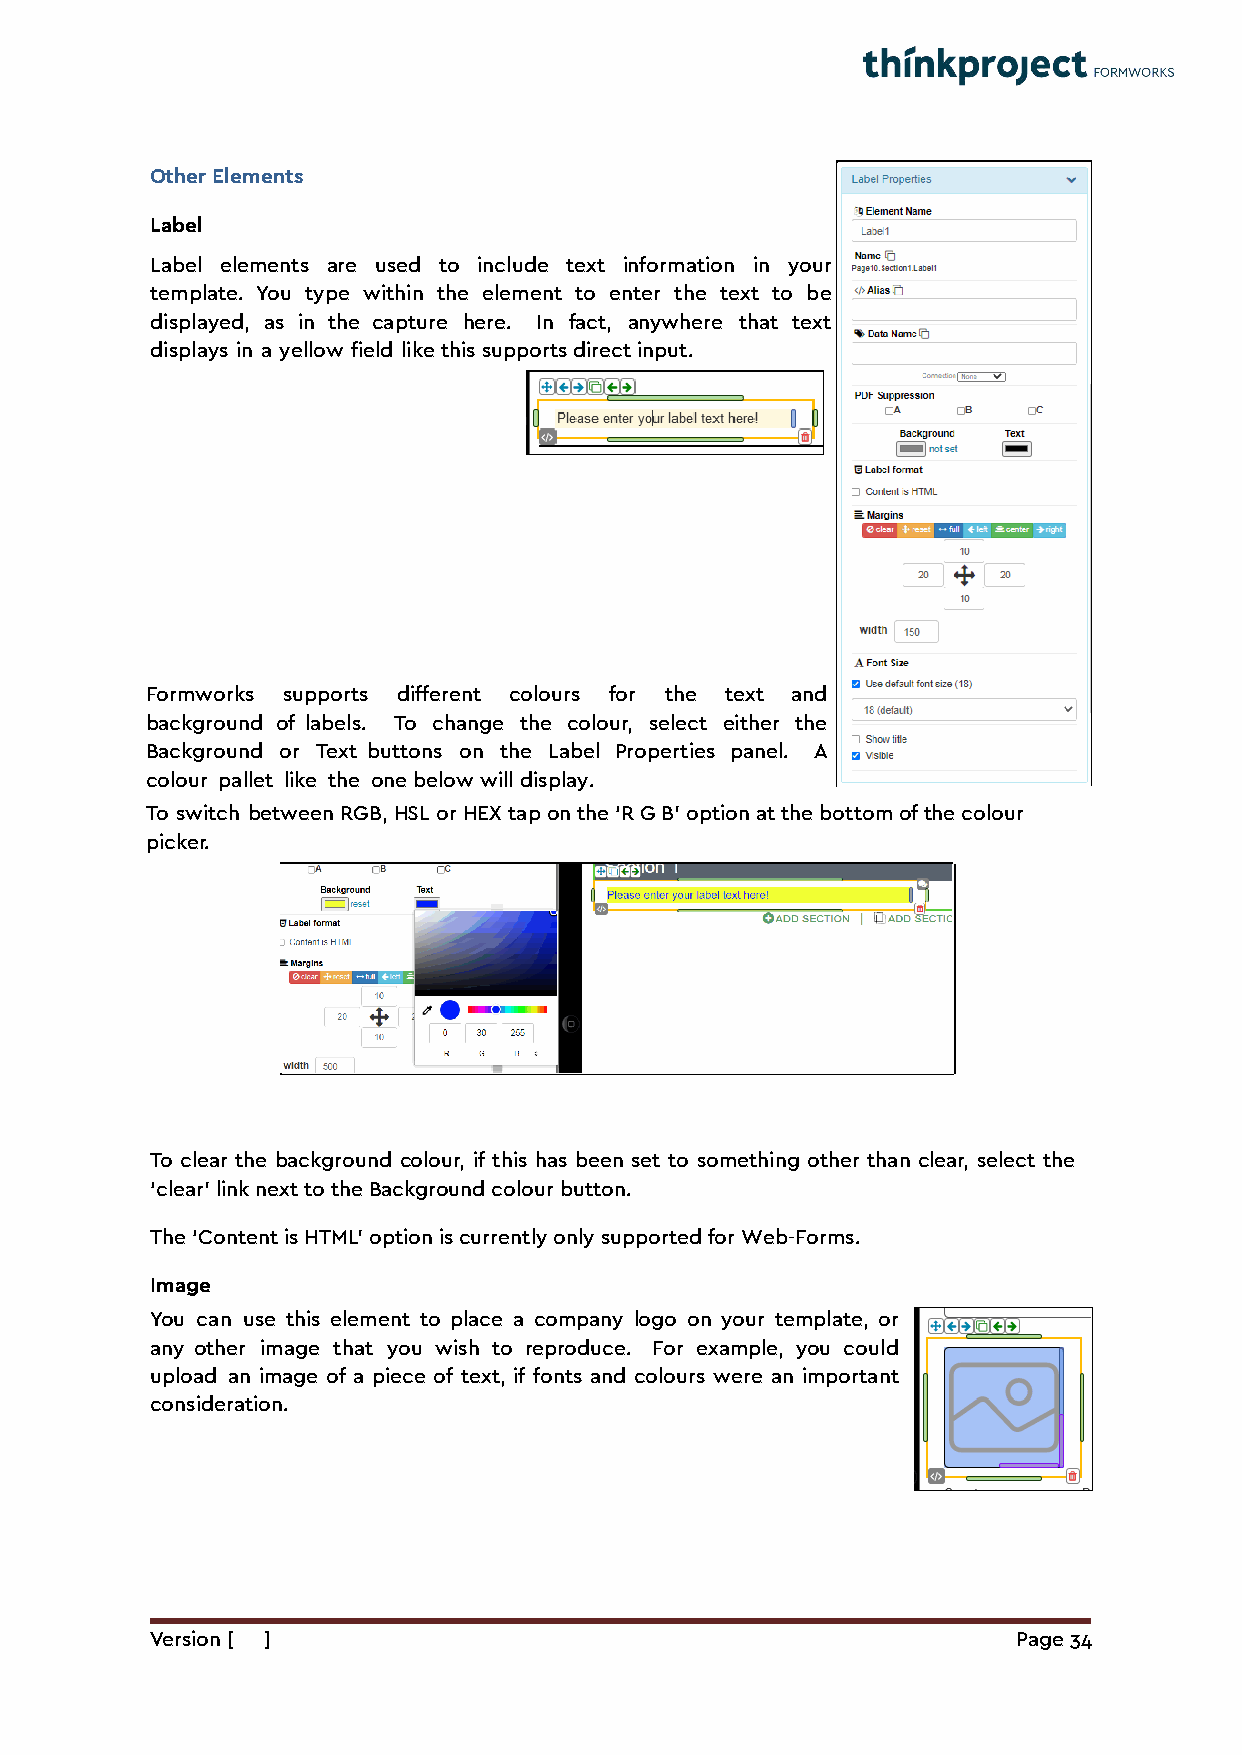
Other Elements
 Label
 Label elements are used to include text information in your
 template. You type within the element to enter the text to be
 displayed, as in the capture here. In fact, anywhere that text
 displays in a yellow field like this supports direct input.
 Formworks supports different colours for the text and
 background of labels. To change the colour, select either the
 Background or Text buttons on the Label Properties panel. A
 colour pallet like the one below will display.
 To switch between RGB, HSL or HEX tap on the ‘R G B’ option at the bottom of the colour
 picker.
 To clear the background colour, if this has been set to something other than clear, select the
 ‘clear’ link next to the Background colour button.
 The ‘Content is HTML’ option is currently only supported for Web-Forms.
 Image
 You can use this element to place a company logo on your template, or
 any other image that you wish to reproduce. For example, you could
 upload an image of a piece of text, if fonts and colours were an important
 consideration.
 Version [ ]                                              Page 34